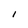
Character: I